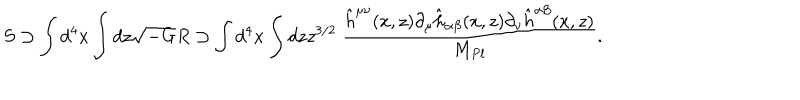
LaTeX: S \supset \int d ^ { 4 } x \int d z \sqrt { - G } R \supset \int d ^ { 4 } x \int d z z ^ { 3 / 2 } ~ { \frac { \hat { h } ^ { \mu \nu } ( x , z ) \partial _ { \mu } \hat { h } _ { \alpha \beta } ( x , z ) \partial _ { \nu } \hat { h } ^ { \alpha \beta } ( x , z ) } { M _ { P l } } } .